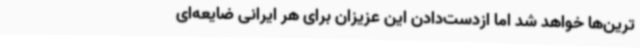
‌ترین‌ها خواهد ‌شد اما ازدست‌دادن این عزیزان برای هر ایرانی ضایعه‌ای